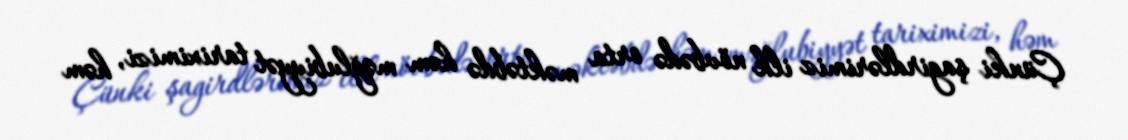
Çünki şagirdlərimiz ilk növbədə orta məktəbdə həm məğlubiyyət tariximizi, həm